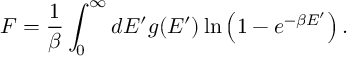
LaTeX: F = { \frac { 1 } { \beta } } \int _ { 0 } ^ { \infty } d E ^ { \prime } g ( E ^ { \prime } ) \, \mathrm { l n } \left( 1 - e ^ { - \beta E ^ { \prime } } \right) .